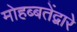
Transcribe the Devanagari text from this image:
मोहब्बतेंद्वारे